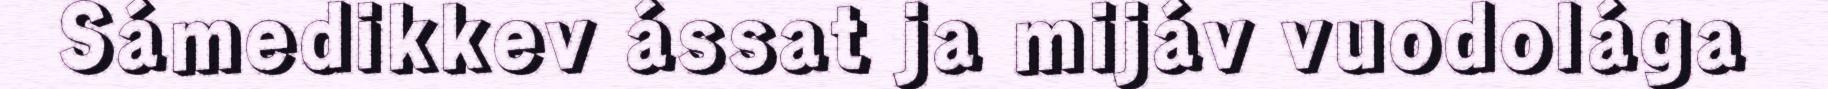
Sámedikkev ássat ja mijáv vuodolága